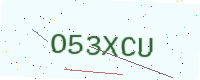
Text: O53XCU